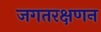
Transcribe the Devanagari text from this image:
जगतरक्षणन